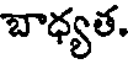
బాధ్యత.